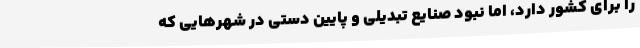
را برای کشور دارد، اما نبود صنایع تبدیلی و پایین دستی در شهرهایی که